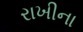
રાખીના